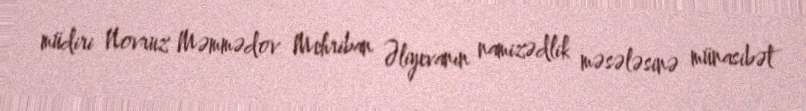
müdiri Novruz Məmmədov Mehriban Əliyevanın namizədlik məsələsinə münasibət